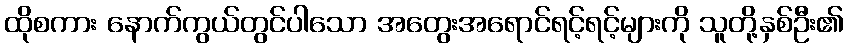
ထိုစကား နောက်ကွယ်တွင်ပါသော အတွေးအရောင်ရင့်ရင့်များကို သူတို့နှစ်ဦး၏